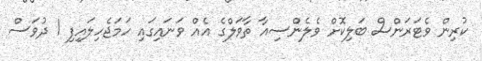
ކުރިން ވެޓަރަންސް ބަލިކޮށް ވެލެންސިއާ ތާވަލްގެ އެއް ވަނައިގައި ހަމަޖެހިލައިފި 1 ދުވަސް